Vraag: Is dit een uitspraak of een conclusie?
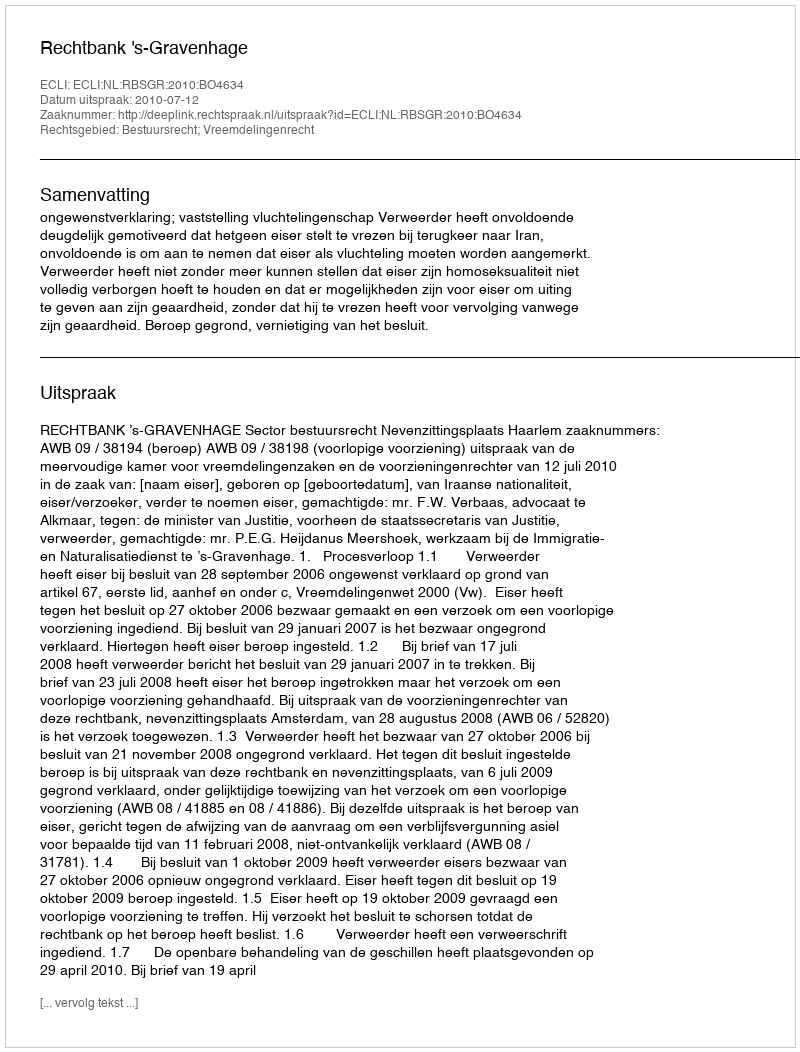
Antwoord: Uitspraak